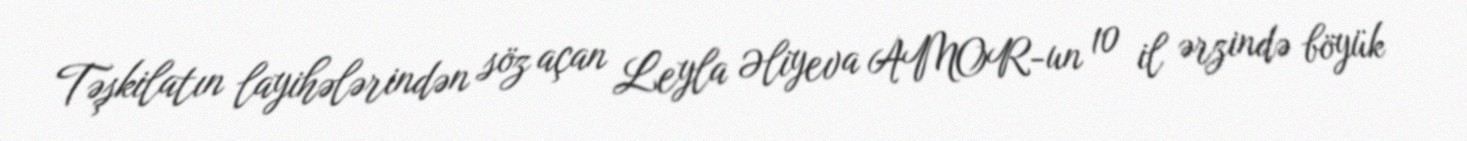
Təşkilatın layihələrindən söz açan Leyla Əliyeva AMOR-un 10 il ərzində böyük